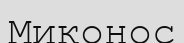
Миконос